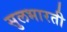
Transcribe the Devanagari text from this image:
सुलभारती